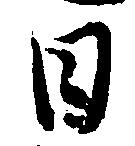
日